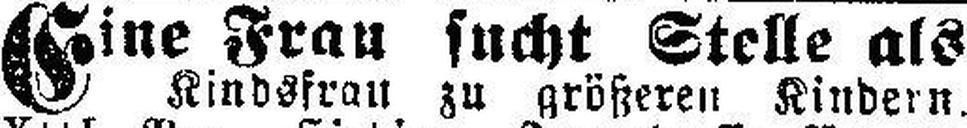
Eine Frau sucht Stelle als